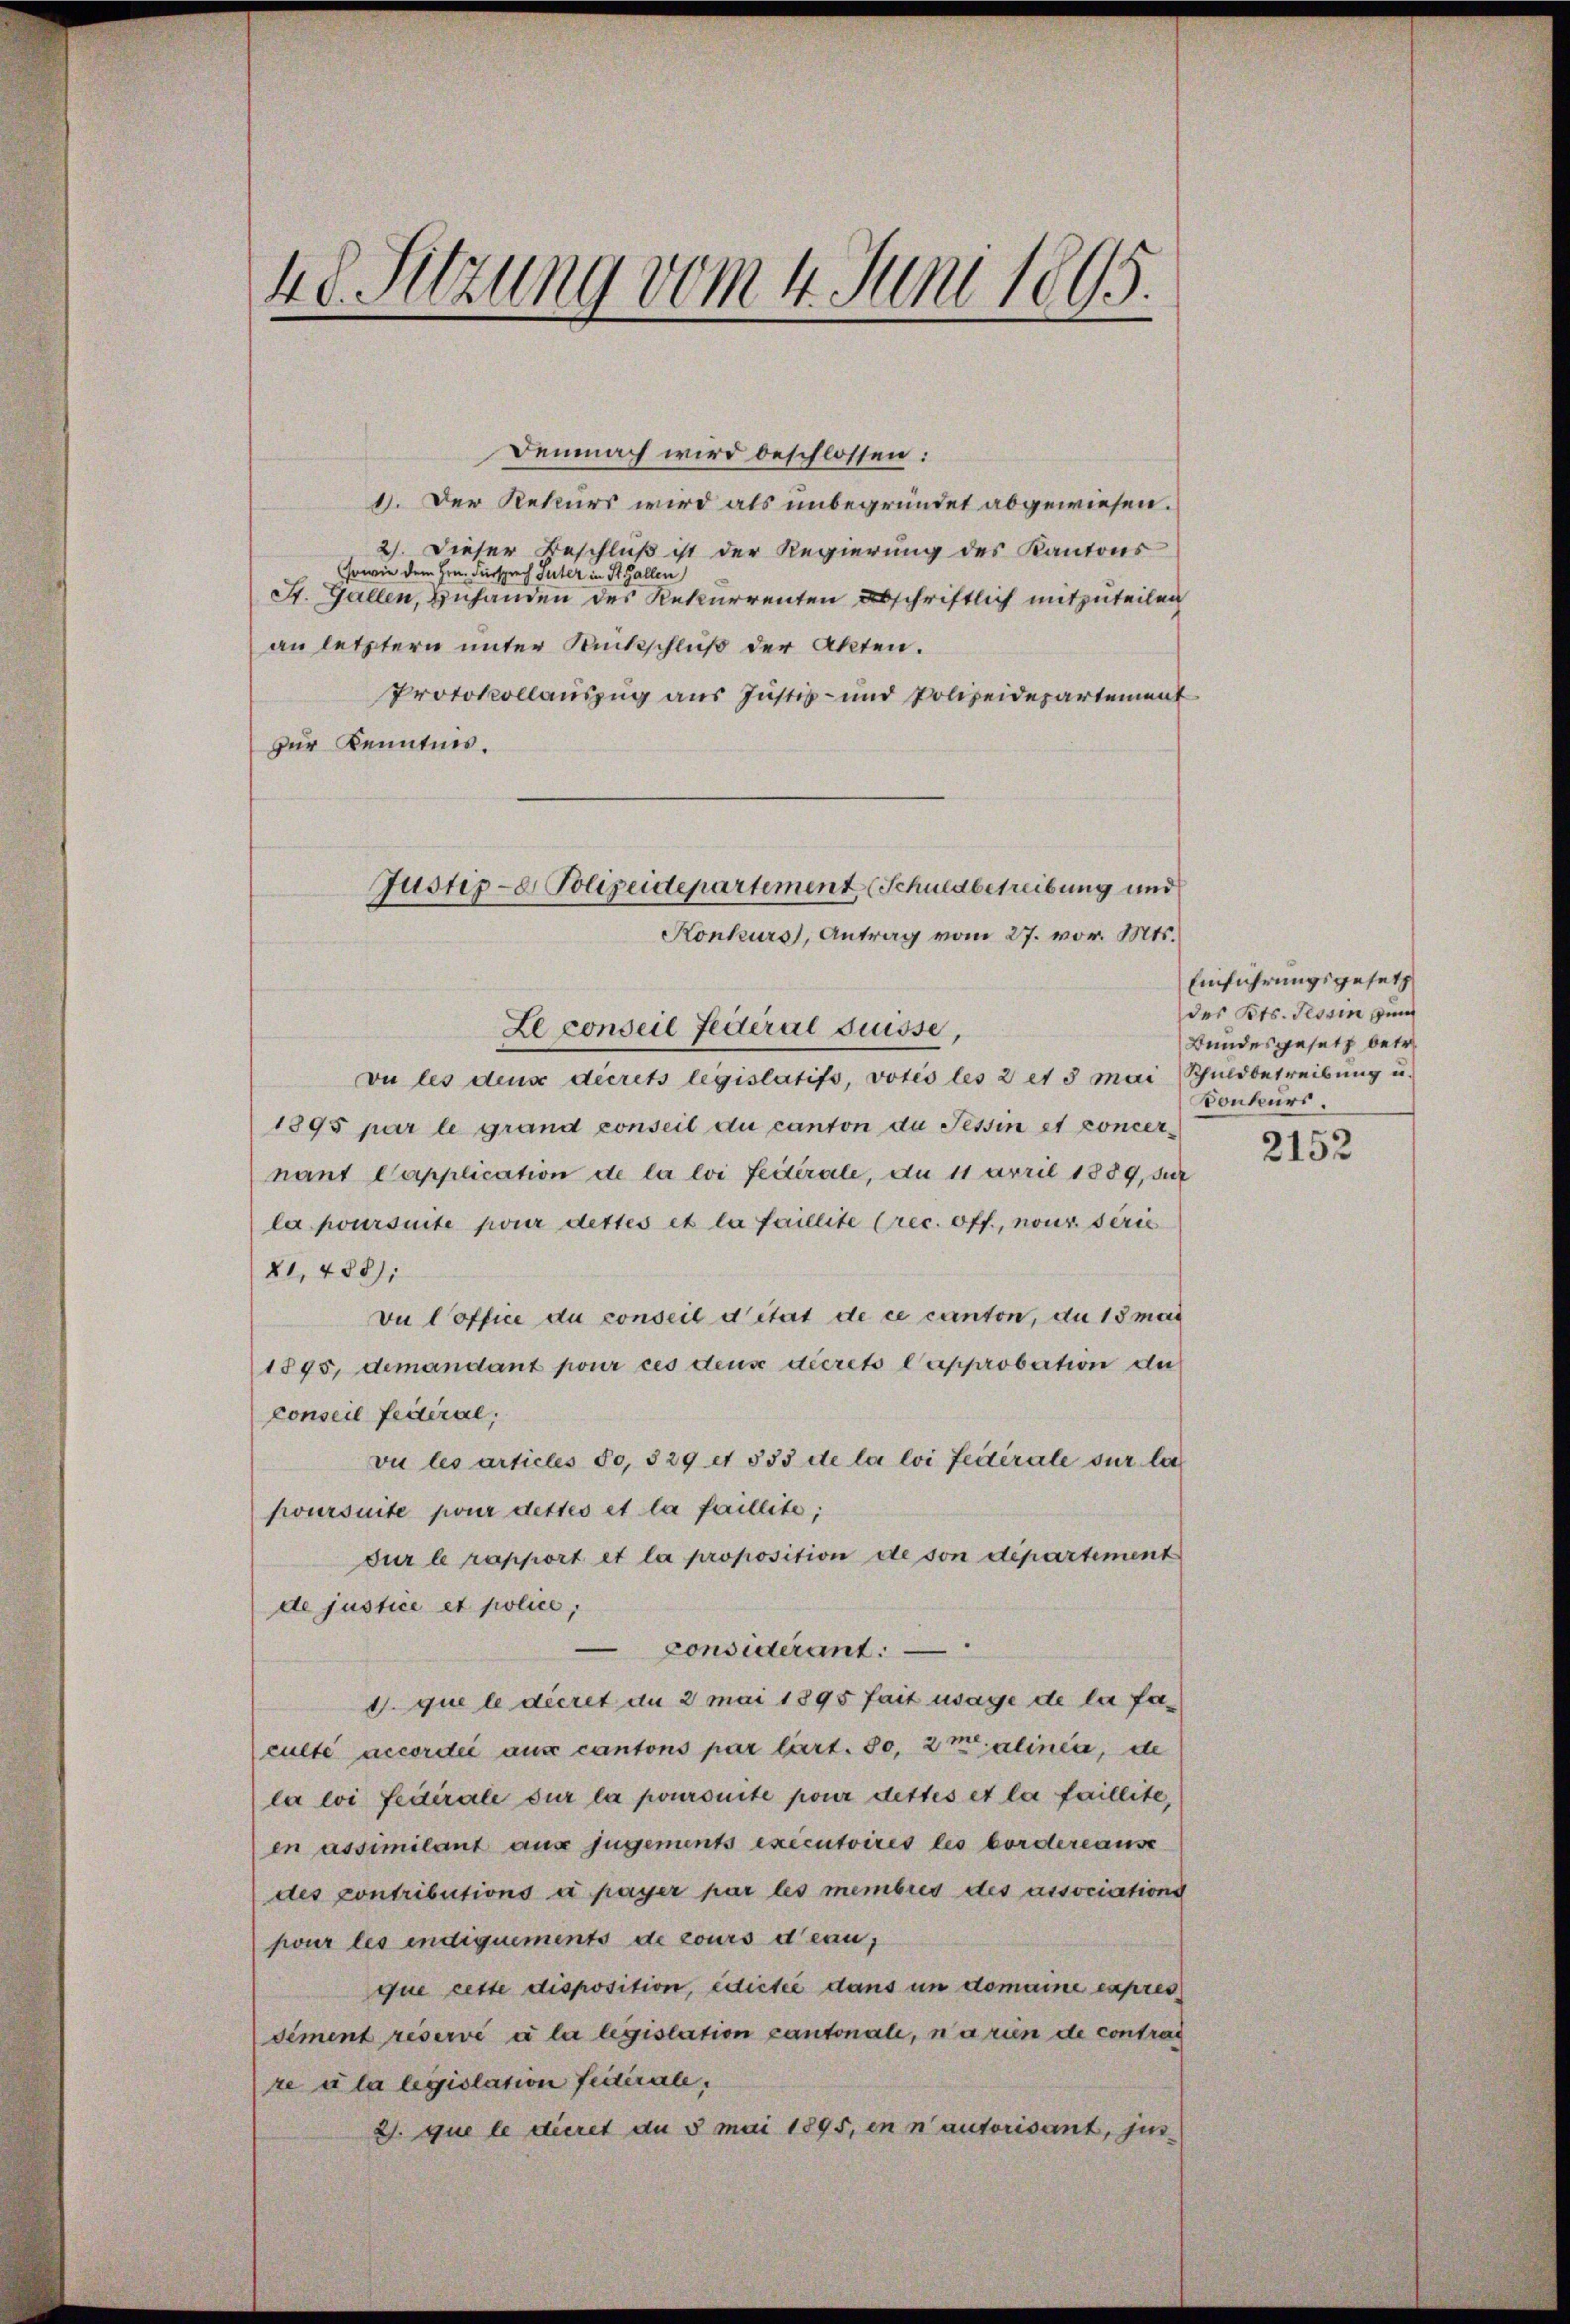
48. Sitzung vom 4. Juni 1895.

Demnach wird beschlossen:
1. Der Rekurs wird als unbegründet abgewiesen.
2). Dieser Beschluß ist der Regierung des Kantons
sowie dem Hrn. Fürsprech Suter in St. Gallen
St. Gallen, Zuhanden des Rekurrenten abschriftlich mitzuteilen
an letztern unter Rückschluß der Akten.
Protokollauszug aus Justiz- und Polizeidepartement
zur Kenntnis.

Justiz-e Polizeidepartement (Schuldbetreibung und
Konkurs, Antrag vom 27. vor. Mts.
Le conseil Federal Suisse,

vu les dens decrets legislatifs, votis les 2 et 3 mai Schuldbetreibung u.
1895 par le grand conseil du canton de Tessin et concernant Capplication de la loi feiterale, da 11 April 1889, sur
la poursuite pour dettes et la faillite (rec. off., nour seris
21,488):
vu office du conseil d’état de ce canton, du 18 mal
1895, demandant pour ces deuse decreto l’approbation de
conseil fédéral;
vu les articles 50, 529 et 535 de la loi fédérale sur la
poursuite pour dettes et la faillite;
dur le rapport et la proposition de son département
de justice et police,
Considerant. —
1. que le dieret an 2 mai 1895 fait usage de la faculté accordić aus cantons par lärt. 80, 2 malinea, de
la loi fédérale sur la poursuite pour dettes et la faillite,
en assimilant aus jugements exécutoires les bordereause
des contributions à payer par les membris des associations
pour les indiquements de cours d’eau,
que cette disposition, edicte dans um domaine expres
diment réservé à la legislation cantonale, narien de contrag
re à la legislation fictirale,
2. que le dieret an 5 mai 1895, in n’autorisant, jun

Einführungsgesetz
des Kts. Tessin un
Bundesgesetz betr.
Konkurs.

2152